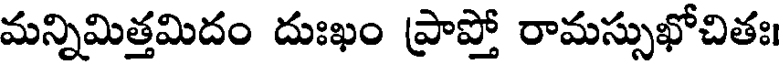
మన్నిమిత్తమిదం దుఃఖం ప్రాప్తో రామస్సుఖోచితః।